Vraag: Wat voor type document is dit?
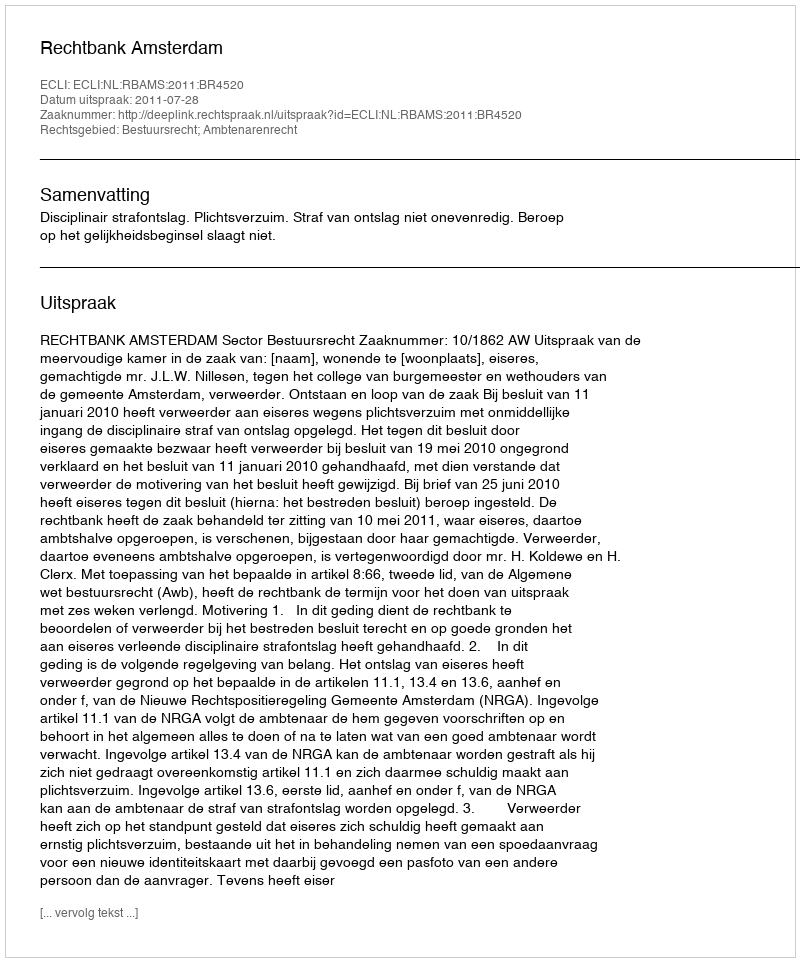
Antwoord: Uitspraak